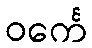
ဝင်္ကေ